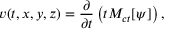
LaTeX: v ( t , x , y , z ) = { \frac { \partial } { \partial t } } \left( t M _ { c t } [ \psi ] \right) ,